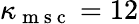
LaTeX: \kappa_{\mathrm{~m~s~c~}}=12